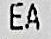
EA